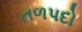
તળપદો